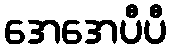
အေအေပီပီ